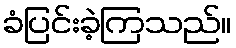
ခံပြင်းခဲ့ကြသည်။